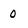
Character: 0